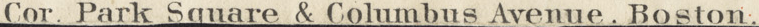
Cor. Park Square & Columbus Avenue. Boston.